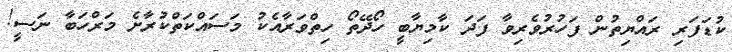
ކުޑަފަރި ރައްޔިތުން ފަހުރުވެރިވާ ފަދަ ކާމިޔާބީ ހޯދޭތޯ ހިތްވަރާއެކު މަސައްކަތްކުރާށެ މަރްހަބާ ނަސީ!